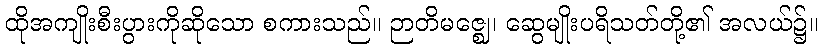
ထိုအကျိုးစီးပွားကိုဆိုသော စကားသည်။ ဉာတိမဇ္ဈေ၊ ဆွေမျိုးပရိသတ်တို့၏ အလယ်၌။